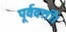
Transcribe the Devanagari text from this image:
पूर्ववर्ती।